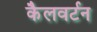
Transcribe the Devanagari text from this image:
कैलवर्टन